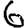
Digit: 6